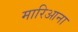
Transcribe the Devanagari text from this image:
मारिआना